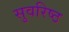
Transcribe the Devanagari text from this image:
सुवरिष्ठ